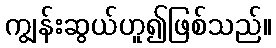
ကျွန်းဆွယ်ဟူ၍ဖြစ်သည်။